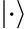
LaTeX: {\left|\cdot\right\rangle}